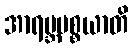
အာရမ္ဘပစ္စယာတိ